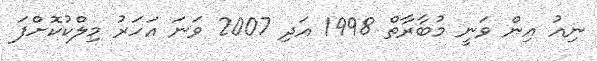
ނިއު އިން ވަނީ މުބާރާތް 1998 އަދި 2007 ވަނަ އަހަރު މިލްކުކޮށްފަ